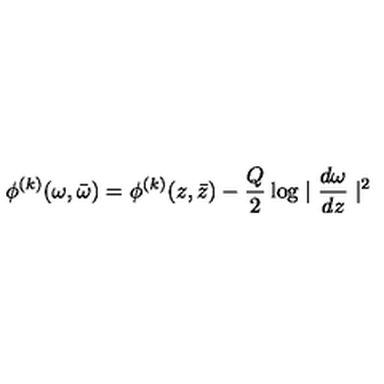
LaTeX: \phi ^ { ( k ) } ( \omega , \bar { \omega } ) = \phi ^ { ( k ) } ( z , \bar { z } ) - \frac { Q } { 2 } \log \mid \frac { d \omega } { d z } \mid ^ { 2 }